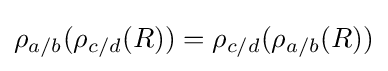
\rho _{a/b}(\rho _{c/d}(R))=\rho _{c/d}(\rho _{a/b}(R))\,\!